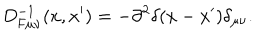
D _ { \mathrm { F } \mu \nu } ^ { - 1 } ( x , x ^ { \prime } ) = - \partial ^ { 2 } \delta ( x - x ^ { \prime } ) \delta _ { \mu \nu } .